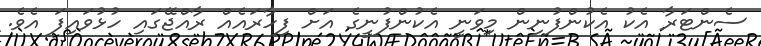
ސެންޓަރާ އެކު އެކުންފުނިން މިވަނީ އެކުންފުނީގެ އަށް ފިހާރައެއް ރާއްޖޭގައި ހުޅުވައިފަ އެވެ.